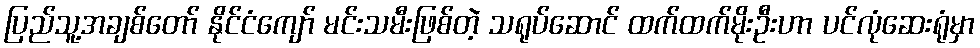
ပြည်သူ့အချစ်တော် နိုင်ငံကျော် မင်းသမီးဖြစ်တဲ့ သရုပ်ဆောင် ထက်ထက်မိုးဦးဟာ ပင်လုံဆေးရုံမှာ